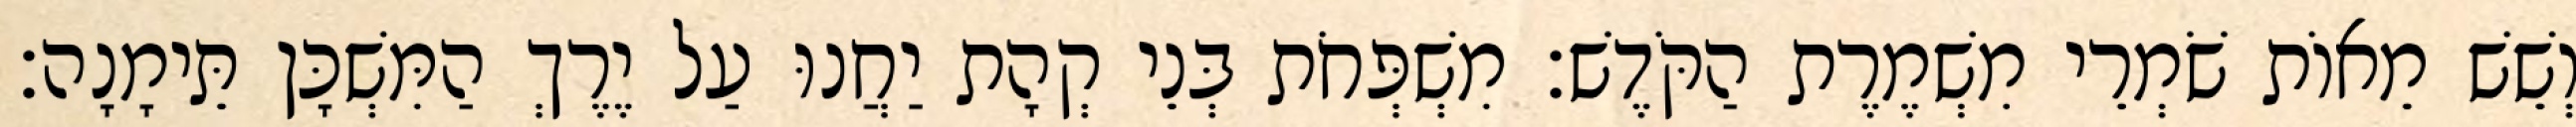
וְשֵׁשׁ מֵאוֹת שֹׁמְרֵי מִשְׁמֶרֶת הַקֹּדֶשׁ׃ מִשְׁפְּחֹת בְּנֵי קְהָת יַחֲנוּ עַל יֶרֶךְ הַמִּשְׁכָּן תֵּימָנָה׃